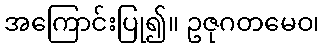
အကြောင်းပြု၍။ ဥဇုဂတမေဝ၊